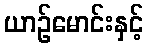
ယာဉ်မောင်းနှင့်